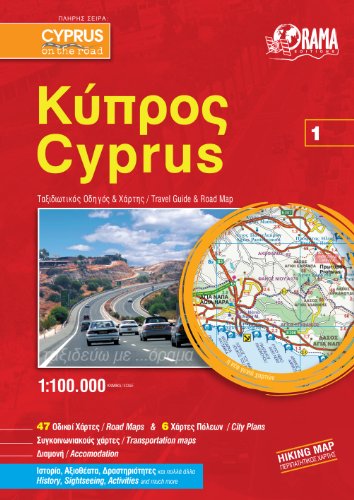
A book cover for Cyprus Atlas: ORAMA.CYA01; Travel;